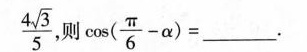
\frac { 4 \sqrt { 3 } } { 5 }$$ 则 $$\cos ( \frac { π } { 6 } - α ) =$$